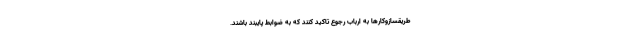
طریقسازوکارها به ارباب رجوع تاکید کنند که به ضوابط پایبند باشند.